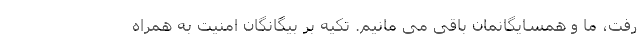
رفت، ما و همسایگانمان باقی می مانیم. تکیه بر بیگانگان امنیت به همراه